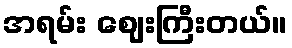
အရမ်း ဈေးကြီးတယ်။